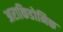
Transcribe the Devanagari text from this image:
अराकिडोनिक